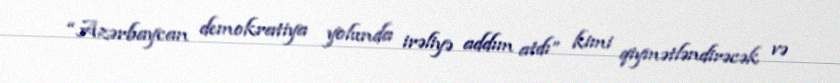
“Azərbaycan demokratiya yolunda irəliyə addım atdı” kimi qiymətləndirəcək və